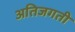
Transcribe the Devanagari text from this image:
अतिजगती